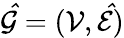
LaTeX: \mathcal{\hat{G}}=(\mathcal{V},\mathcal{\hat{E}})